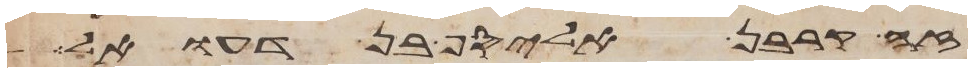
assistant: זה קרבן אליסף בן דעואל